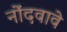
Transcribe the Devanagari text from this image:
नोंदवावे